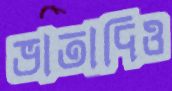
ভাতাদিও